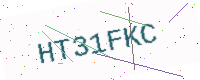
Text: HT31FKC